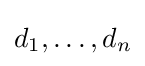
d_{1},\dots ,d_{n}